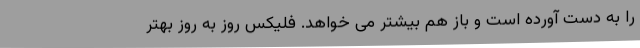
را به دست آورده است و باز هم بیشتر می خواهد. فلیکس روز به روز بهتر